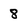
Character: 8